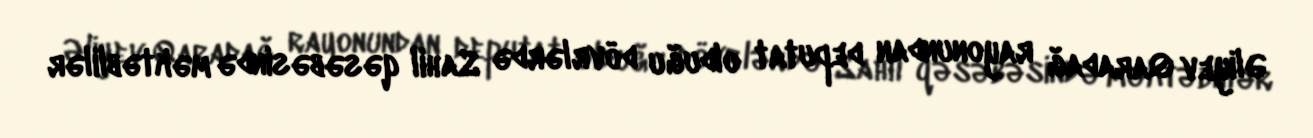
Əliyev Qaradağ rayonundan deputat olduğu dövrlərdə Sahil qəsəbəsində məktəblilər